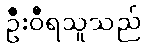
ဦးဝီရသူသည်